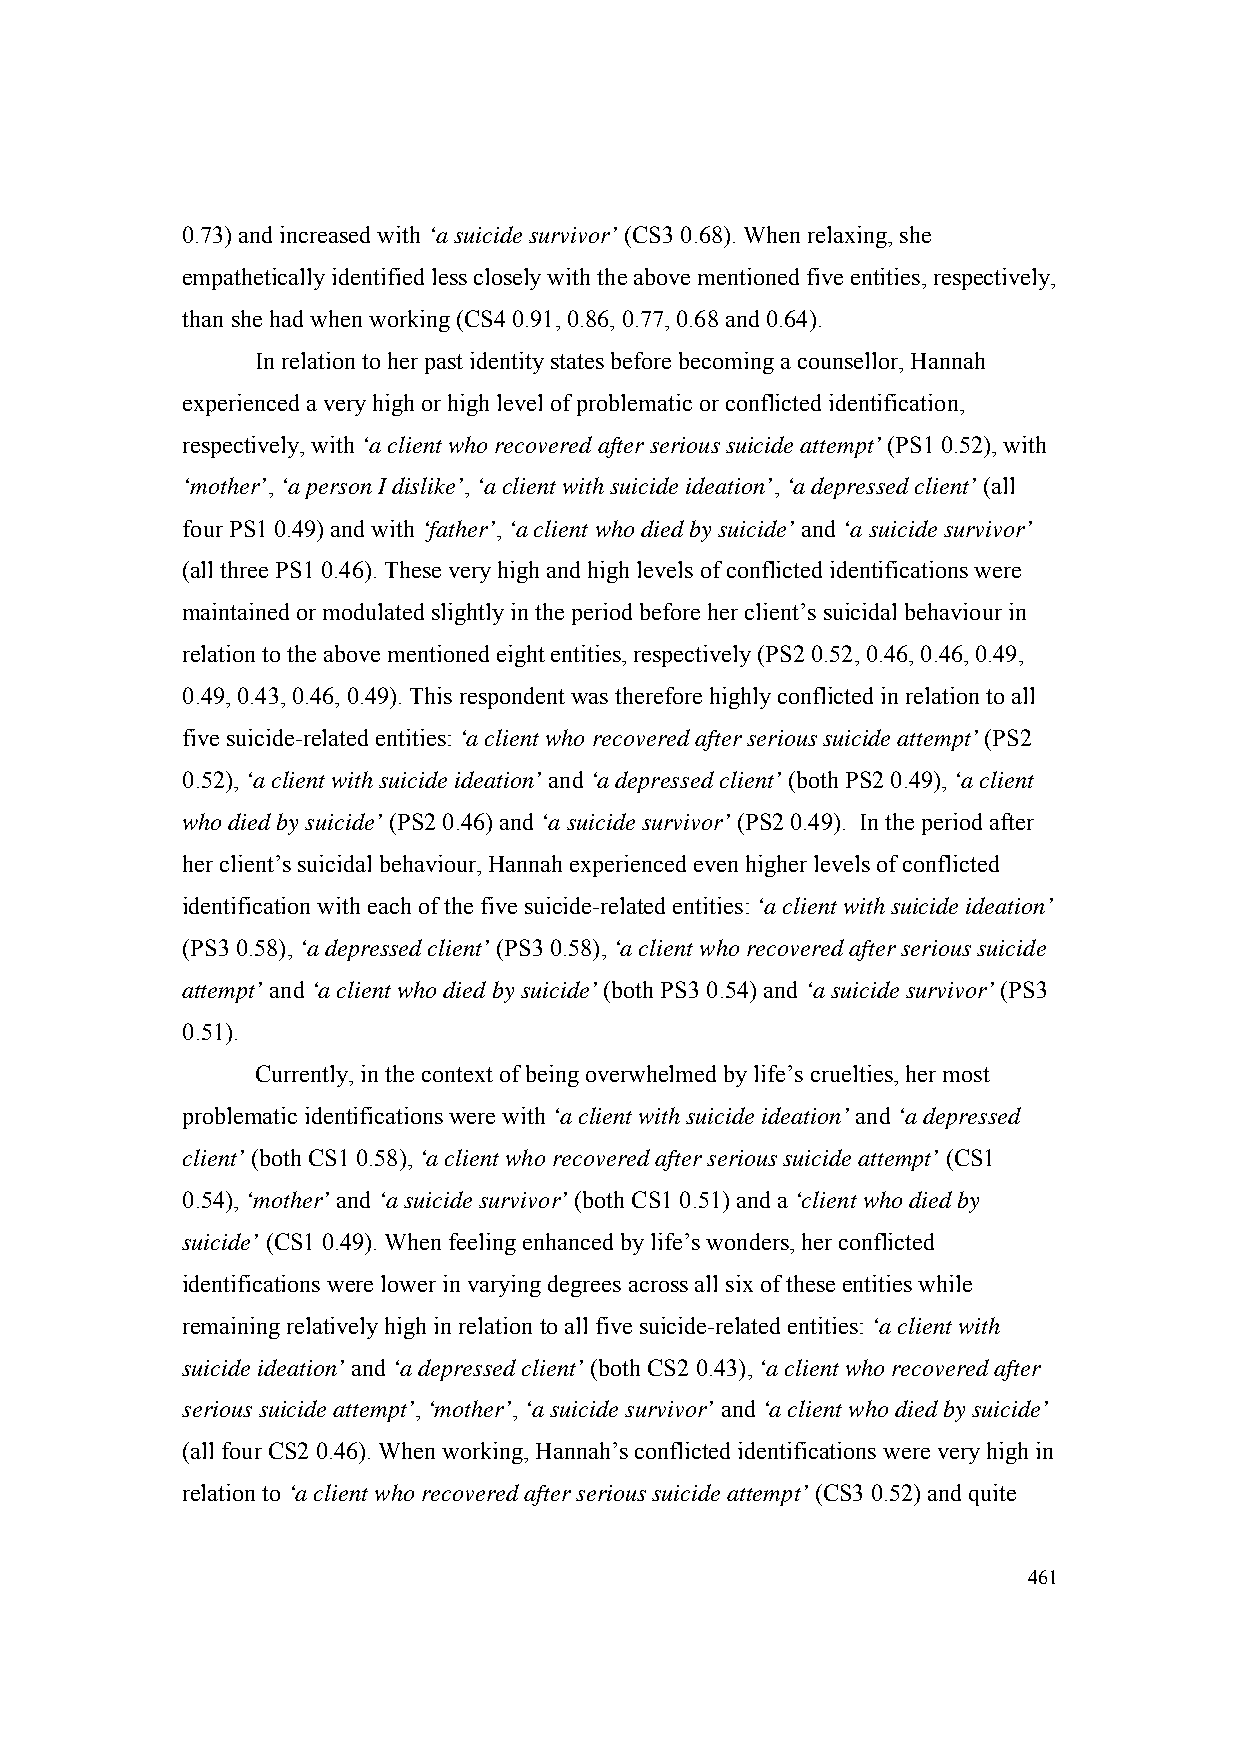
0.73) and increased with ‘a suicide survivor’ (CS3 0.68). When relaxing, she
 empathetically identified less closely with the above mentioned five entities, respectively,
 than she had when working (CS4 0.91, 0.86, 0.77, 0.68 and 0.64).
 In relation to her past identity states before becoming a counsellor, Hannah
 experienced a very high or high level of problematic or conflicted identification,
 respectively, with ‘a client who recovered after serious suicide attempt’ (PS1 0.52), with
 ‘mother’, ‘a person I dislike’, ‘a client with suicide ideation’, ‘a depressed client’ (all
 four PS1 0.49) and with ‘father’, ‘a client who died by suicide’ and ‘a suicide survivor’
 (all three PS1 0.46). These very high and high levels of conflicted identifications were
 maintained or modulated slightly in the period before her client’s suicidal behaviour in
 relation to the above mentioned eight entities, respectively (PS2 0.52, 0.46, 0.46, 0.49,
 0.49, 0.43, 0.46, 0.49). This respondent was therefore highly conflicted in relation to all
 five suicide-related entities: ‘a client who recovered after serious suicide attempt’ (PS2
 0.52), ‘a client with suicide ideation’ and ‘a depressed client’ (both PS2 0.49), ‘a client
 who died by suicide’ (PS2 0.46) and ‘a suicide survivor’ (PS2 0.49). In the period after
 her client’s suicidal behaviour, Hannah experienced even higher levels of conflicted
 identification with each of the five suicide-related entities: ‘a client with suicide ideation’
 (PS3 0.58), ‘a depressed client’ (PS3 0.58), ‘a client who recovered after serious suicide
 attempt’ and ‘a client who died by suicide’ (both PS3 0.54) and ‘a suicide survivor’ (PS3
 0.51).
 Currently, in the context of being overwhelmed by life’s cruelties, her most
 problematic identifications were with ‘a client with suicide ideation’ and ‘a depressed
 client’ (both CS1 0.58), ‘a client who recovered after serious suicide attempt’ (CS1
 0.54), ‘mother’ and ‘a suicide survivor’ (both CS1 0.51) and a ‘client who died by
 suicide’ (CS1 0.49). When feeling enhanced by life’s wonders, her conflicted
 identifications were lower in varying degrees across all six of these entities while
 remaining relatively high in relation to all five suicide-related entities: ‘a client with
 suicide ideation’ and ‘a depressed client’ (both CS2 0.43), ‘a client who recovered after
 serious suicide attempt’, ‘mother’, ‘a suicide survivor’ and ‘a client who died by suicide’
 (all four CS2 0.46). When working, Hannah’s conflicted identifications were very high in
 relation to ‘a client who recovered after serious suicide attempt’ (CS3 0.52) and quite
 461